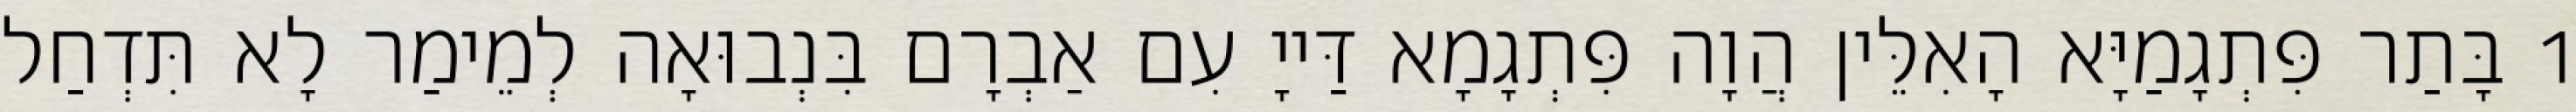
1 בָּתַר פִּתְגָמַיָּא הָאִלֵּין הֲוָה פִּתְגָמָא דַּייָ עִם אַבְרָם בִּנְבוּאָה לְמֵימַר לָא תִּדְחַל